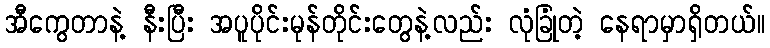
အီကွေတာနဲ့ နီးပြီး အပူပိုင်းမုန်တိုင်းတွေနဲ့လည်း လုံခြုံတဲ့ နေရာမှာရှိတယ်။